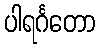
ပါရင်္ဂတော